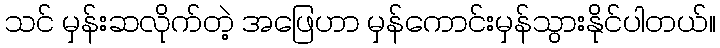
သင် မှန်းဆလိုက်တဲ့ အဖြေဟာ မှန်ကောင်းမှန်သွားနိုင်ပါတယ်။